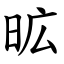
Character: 昿